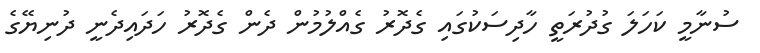
ސުނާމީ ކަހަލަ ގުދުރަތީ ހާދިސަކުގައި ގެދޮރު ގެއްލުމުން ދެން ގެދޮރު ހަދައިދެނީ ދުނިޔޭގެ